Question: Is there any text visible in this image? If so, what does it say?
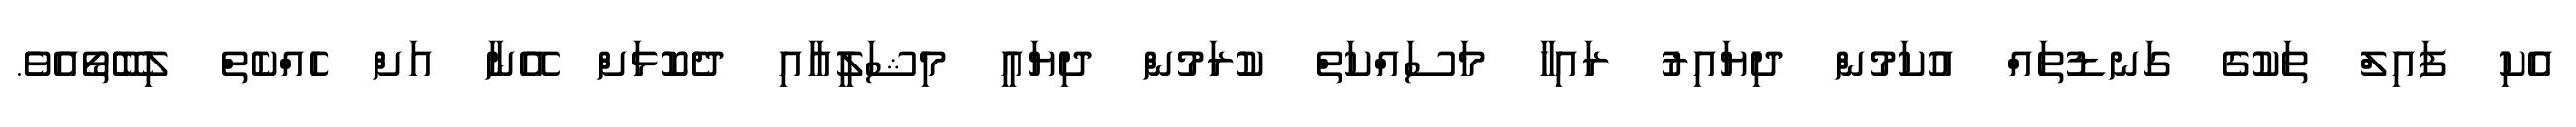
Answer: އެކި ފައިލް ތަކުގެ ގަނޑުތައް އުކަމުން ދިޔައިރު ރައިހާ މަސައްކަތް ކުރަމުން ދިޔައީ މިޝަލީއާއި ދެކޮޅަށް އޭނާ އަށް ހެއްކެތް ލިބޭތޯއެވެ.